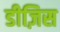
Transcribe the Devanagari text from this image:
डीज़िस